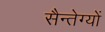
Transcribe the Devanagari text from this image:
सैन्तेग्यों